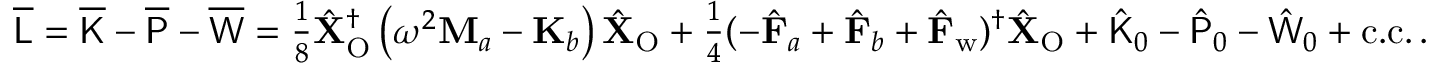
\begin{array} { r } { \overline { { \mathsf { L } } } = \overline { { \mathsf { K } } } - \overline { { \mathsf { P } } } - \overline { { \mathsf { W } } } = \frac { 1 } { 8 } \hat { \mathbf { X } } _ { \mathrm { O } } ^ { \dagger } \left( \omega ^ { 2 } \mathbf { M } _ { a } - \mathbf { K } _ { b } \right) \hat { \mathbf { X } } _ { \mathrm { O } } + \frac { 1 } { 4 } ( - \hat { \mathbf { F } } _ { a } + \hat { \mathbf { F } } _ { b } + \hat { \mathbf { F } } _ { \mathrm { w } } ) ^ { \dagger } \hat { \mathbf { X } } _ { \mathrm { O } } + \hat { \mathsf { K } } _ { 0 } - \hat { \mathsf { P } } _ { 0 } - \hat { \mathsf { W } } _ { 0 } + \mathrm { c . c . } \, . } \end{array}